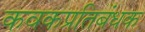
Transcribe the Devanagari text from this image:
कवकप्रतिबंधक